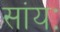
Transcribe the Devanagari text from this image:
सांयः